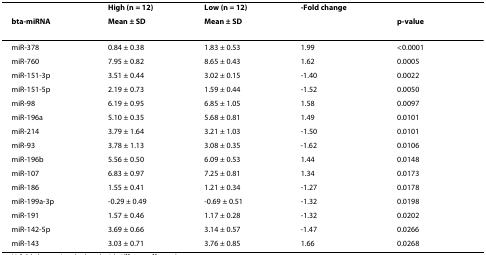
<table><thead><tr><td></td><td><b>High (n = 12)</b></td><td><b>Low (n = 12)</b></td><td><b>-Fold change</b></td><td></td></tr><tr><td><b>bta-miRNA</b></td><td><b>Mean ± SD</b></td><td><b>Mean ± SD</b></td><td></td><td><b>p-value</b></td></tr></thead><tbody><tr><td>miR-378</td><td>0.84 ± 0.38</td><td>1.83 ± 0.53</td><td>1.99</td><td>&lt;0.0001</td></tr><tr><td>miR-760</td><td>7.95 ± 0.82</td><td>8.65 ± 0.43</td><td>1.62</td><td>0.0005</td></tr><tr><td>miR-151-3p</td><td>3.51 ± 0.44</td><td>3.02 ± 0.15</td><td>-1.40</td><td>0.0022</td></tr><tr><td>miR-151-5p</td><td>2.19 ± 0.73</td><td>1.59 ± 0.44</td><td>-1.52</td><td>0.0050</td></tr><tr><td>miR-98</td><td>6.19 ± 0.95</td><td>6.85 ± 1.05</td><td>1.58</td><td>0.0097</td></tr><tr><td>miR-196a</td><td>5.10 ± 0.35</td><td>5.68 ± 0.81</td><td>1.49</td><td>0.0101</td></tr><tr><td>miR-214</td><td>3.79 ± 1.64</td><td>3.21 ± 1.03</td><td>-1.50</td><td>0.0101</td></tr><tr><td>miR-93</td><td>3.78 ± 1.13</td><td>3.08 ± 0.35</td><td>-1.62</td><td>0.0106</td></tr><tr><td>miR-196b</td><td>5.56 ± 0.50</td><td>6.09 ± 0.53</td><td>1.44</td><td>0.0148</td></tr><tr><td>miR-107</td><td>6.83 ± 0.97</td><td>7.25 ± 0.81</td><td>1.34</td><td>0.0173</td></tr><tr><td>miR-186</td><td>1.55 ± 0.41</td><td>1.21 ± 0.34</td><td>-1.27</td><td>0.0178</td></tr><tr><td>miR-199a-3p</td><td>-0.29 ± 0.49</td><td>-0.69 ± 0.51</td><td>-1.32</td><td>0.0198</td></tr><tr><td>miR-191</td><td>1.57 ± 0.46</td><td>1.17 ± 0.28</td><td>-1.32</td><td>0.0202</td></tr><tr><td>miR-142-5p</td><td>3.69 ± 0.66</td><td>3.14 ± 0.57</td><td>-1.47</td><td>0.0266</td></tr><tr><td>miR-143</td><td>3.03 ± 0.71</td><td>3.76 ± 0.85</td><td>1.66</td><td>0.0268</td></tr></tbody></table>